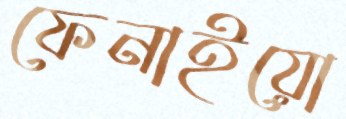
ফেনাইয়ো